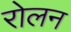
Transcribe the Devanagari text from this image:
रोलन